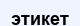
этикет